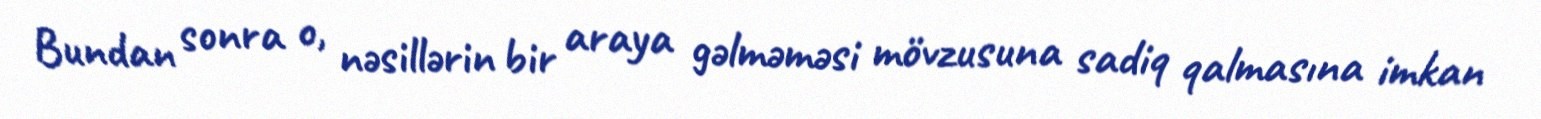
Bundan sonra o, nəsillərin bir araya gəlməməsi mövzusuna sadiq qalmasına imkan